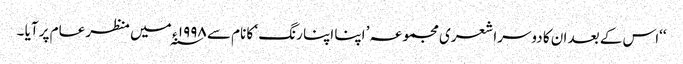
‘‘اس کے بعد ان کا دوسرا شعری مجموعہ ’ اپنا اپنا رنگ ‘ کا نام سے ۱۹۹۸ ء ؁ میں منظر عام پر آیا ۔